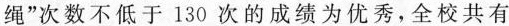
绳”次数不低于130次的成绩为优秀，全校共有